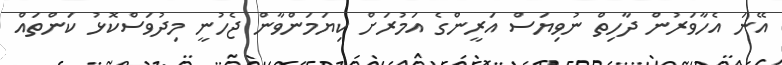
އޭނަ އެހާވަރުން ދާހިތް ނުވިޔަސް އަރީންގެ އަމުރަށް ކިޔަމަންވާން ޖެހުނީ މިދުވަސްކޮޅު ކަންތައް